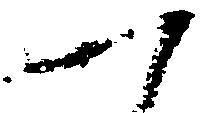
一